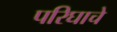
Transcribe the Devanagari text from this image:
परिघाचे